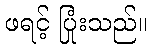
ဖရင့် ပြုံးသည်။